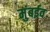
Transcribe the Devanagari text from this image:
मुंबईव